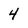
Character: 4